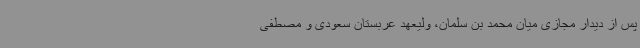
پس از دیدار مجازی میان محمد بن سلمان، ولیعهد عربستان سعودی و مصطفی